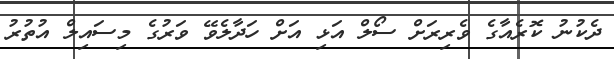
ދެކުނު ކޮރެއާގެ ވެރިރަށް ސޯލް އަޅި އަށް ހަދާލެވޭ ވަރުގެ މިސައިލް އުތުރު